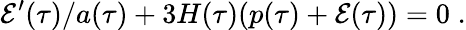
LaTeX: {\cal E}^{\prime}(\tau)/a(\tau)+3H(\tau)(p(\tau)+{\cal E}(\tau))=0\; .